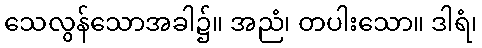
သေလွန်သောအခါ၌။ အညံ၊ တပါးသော။ ဒါရံ၊